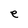
Character: e